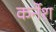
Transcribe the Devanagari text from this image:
कर्नेश